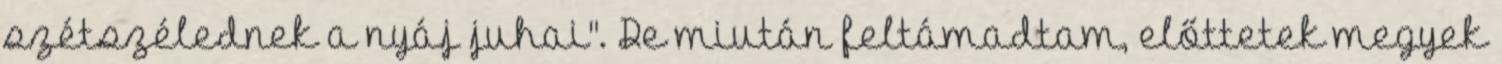
szétszélednek a nyáj juhai''. De miután feltámadtam, előttetek megyek